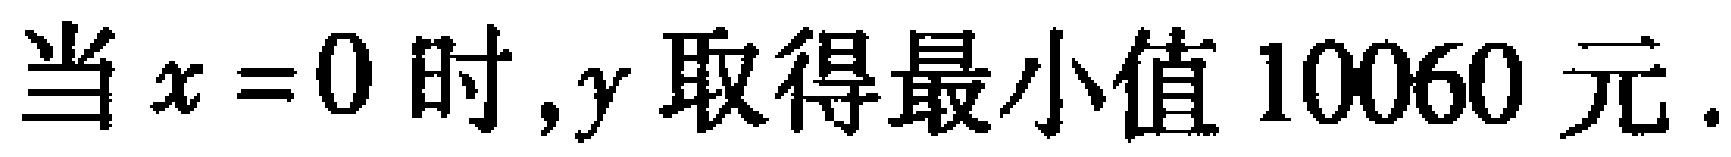
当 \(x = 0\) 时,\(y\) 取得最小值 \(10060\) 元.